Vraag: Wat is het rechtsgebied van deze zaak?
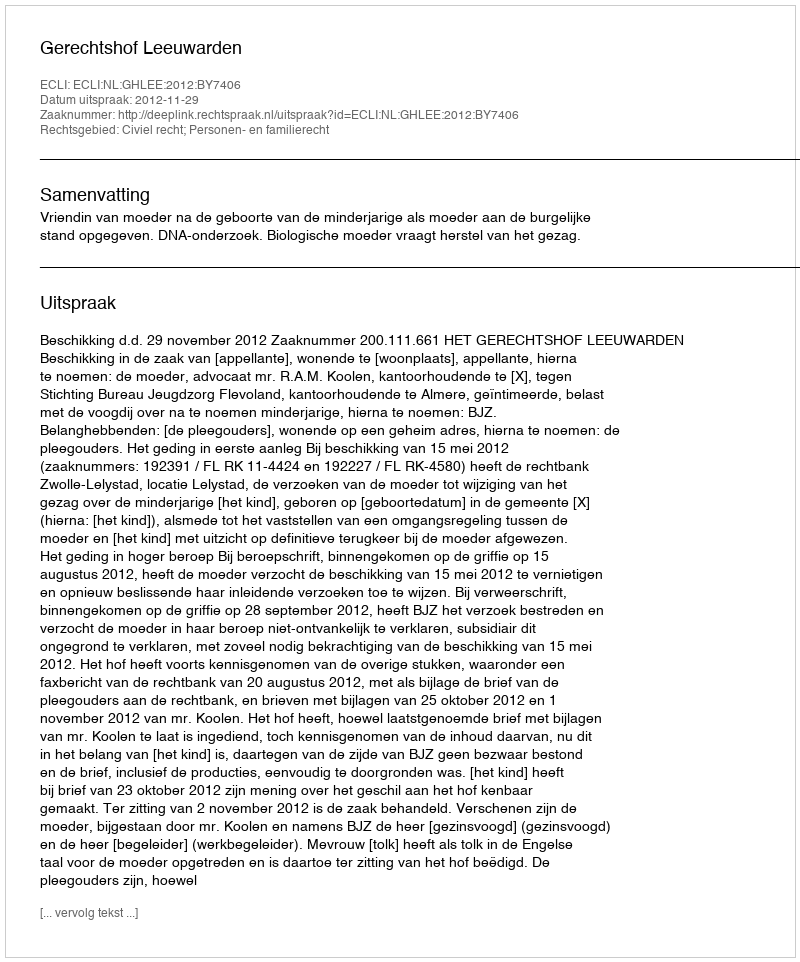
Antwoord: Civiel recht; Personen- en familierecht